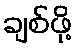
ချစ်ဖို့